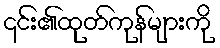
၎င်း၏ထုတ်ကုန်များကို